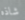
شاذه